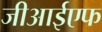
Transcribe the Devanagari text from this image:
जीआईएफ